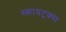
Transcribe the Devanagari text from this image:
स्कायट्रक्स